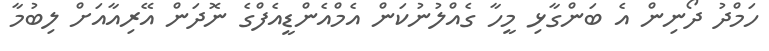
ހަމްދު ދޯނިން އެ ބަންގާޅި މީހާ ގެއްލުނުކަން އެމްއެންޑީއެފްގެ ނޮދަން އޭރިއާއަށް ލިބުމާ